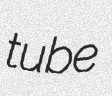
tube